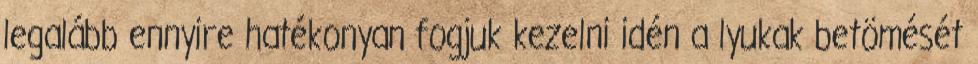
legalább ennyire hatékonyan fogjuk kezelni idén a lyukak betömését